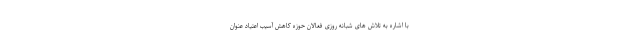
با اشاره به تلاش های شبانه روزی فعالان حوزه کاهش آسیب اعتیاد عنوان